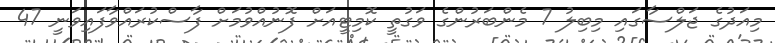
މިއަދުގެ ޖަލްސާގައި މިބިލު 7 މެންބަރުންގެ ވަގުތީ ކޮމިޓީއަށް ފޮނުއްވުމަށް ފާސްކުރައްވާފައިވަނީ 47